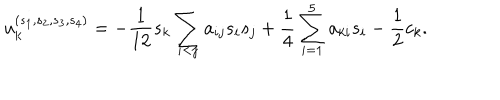
LaTeX: u _ { k } ^ { ( s _ { 1 } , s _ { 2 } , s _ { 3 } , s _ { 4 } ) } = - \frac { 1 } { 1 2 } s _ { k } \sum _ { i < j } a _ { i j } s _ { i } s _ { j } + \frac { 1 } { 4 } \sum _ { i = 1 } ^ { 5 } a _ { k i } s _ { i } - \frac { 1 } { 2 } c _ { k } .